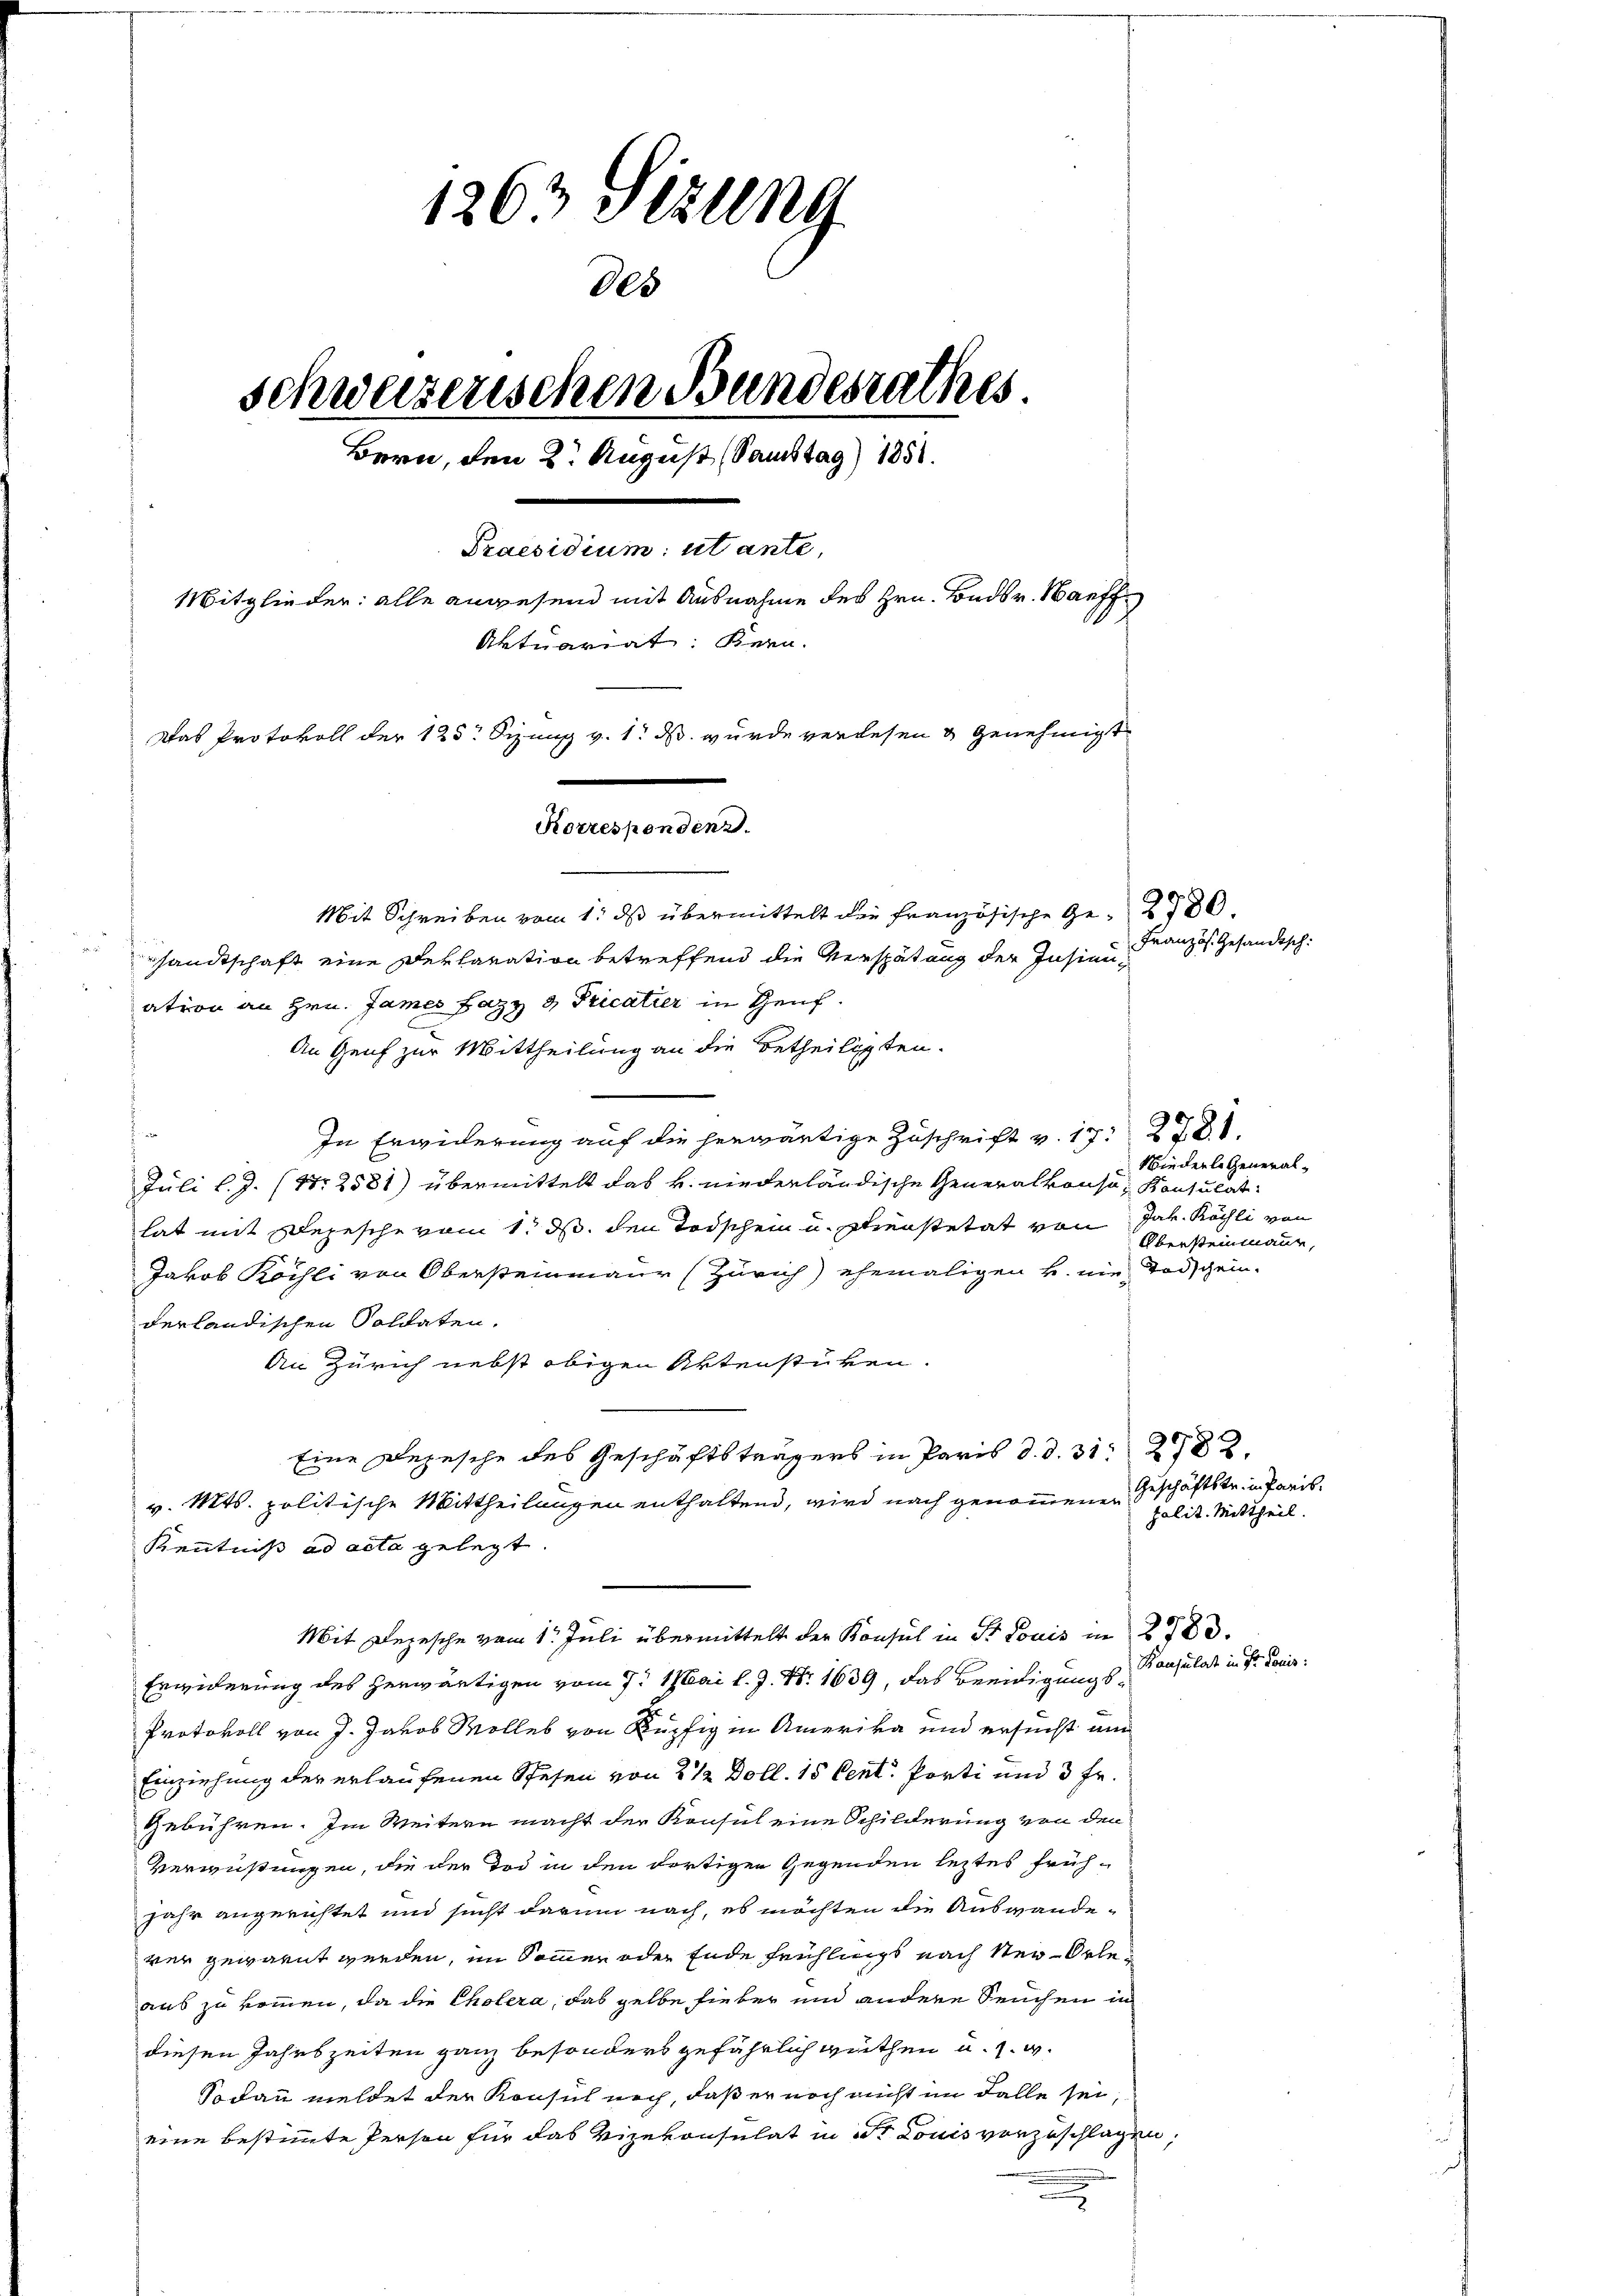
1263 Stzung
808
schweizerischen Bundesrathes
Bern, den 8. August (Samstag) 1851.
Praesidium utante,
Mitglieder: alle anwesend mit Ausnahme des Hrn. Bonds v. Waff
Aktuariat: Kern.
Das Protokoll der 125. Sizung v. 1. ds. wurde verlesen & Genehmigt
Korrespondenz.
Mit Schreiben vom 1. ds übermittelt die französische Ge-2780.

sandtschaft eine Deklaration betreffend die Verspätung der Insinuation an Hrn. James Lazy  Pricatier in Genf.
An Genf zur Mittheilung an die Betheiligten.
In Erwiderung auf die herwärtige Zuschrift v. 17. 278.
Juli l.J. (12581) übermittelt das k. niederländische Generalkonsu- Konsulat
hat mit Depesche vom 1. ds. den Todschein u. Ehrenstetat von Jak. Köchli von
Jakob Köchli von Obersteinmaur (Zürich) ehemaligen u. nie Todscheinderländischen Soldaten.
An Zürich nebst obigen Aktenstüken.
Eine Depesche des Geschäftsträgers in Paris d. d. 31282.
v. Mts. politische Mittheilungen enthaltend, wird nach genommenen Geschäftstr. in Paris¬
Kenntniß ad acta gelegt.
Mit Depesche vom 1. Juli übermittelt der Konsul in Dr Louis in 283.
Bausulat in Fr. Bonis:
Erwiderung des herwärtigen vom 9. Mai l. J. Nr. 1639, das Beeidigungs¬
Protokoll von J. Jakob Wolles von Rupfig in Amerika und ersucht um
Einziehung der erlaufenen Stehen von 2 1/2 Doll. 15 Cent. Porti und 3 Fr.
Gebühren. Im Weitern macht der Konsul eine Schilderung von den
Verwüstungen, die der Tod in den dortigen Gegenden leztes frühjahr angerichtet und sucht darum nach, es möchten die Auswandever gewarnt werden, im Sommer oder Ende Frühlings nach Neu-Orleaus zu kommen, da die Cholera, das gelbe fieber und andere Seuchen in
diesen Jahrszeiten ganz besonders gefährlich wüthen u. s. w.
Sodann meldet der Konsul noch, daß er noch nicht im Falle sei,
eine bestimmte Person für das Vizekonsulat in St. Louis vorzuschlagen,

Französ. Gesandtsch.

Niederle General¬

palit. Mittheil.

Obersteinmanne,